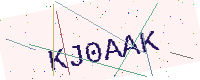
Text: KJ0AAK